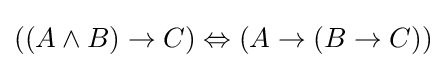
((A\land B)\to C)\Leftrightarrow (A\to (B\to C))